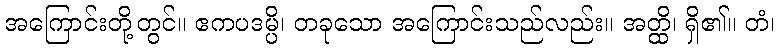
အကြောင်းတို့တွင်။ ဧကပဒမ္ပိ၊ တခုသော အကြောင်းသည်လည်း။ အတ္ထိ၊ ရှိ၏။ တံ၊